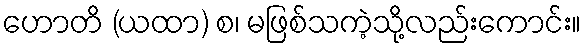
ဟောတိ (ယထာ) စ၊ မဖြစ်သကဲ့သို့လည်းကောင်း။